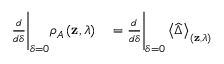
\begin{array} { r l } { \frac { d } { d \delta } \Bigg \vert _ { \delta = 0 } \rho _ { A } \left( \mathbf { z } , \lambda \right) } & { { } = \frac { d } { d \delta } \Bigg \vert _ { \delta = 0 } \left< \widehat { \Delta } \right> _ { \left( \mathbf { z } , \lambda \right) } } \end{array}